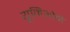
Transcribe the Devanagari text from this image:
यूनिओने